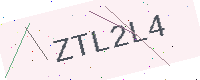
Text: ZTL2L4